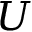
U